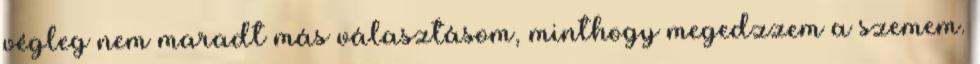
végleg nem maradt más választásom, minthogy megedzzem a szemem.